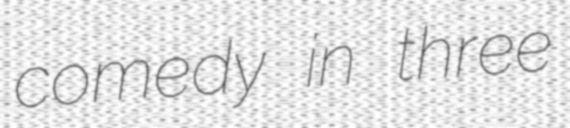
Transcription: comedy in three